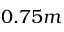
0 . 7 5 m